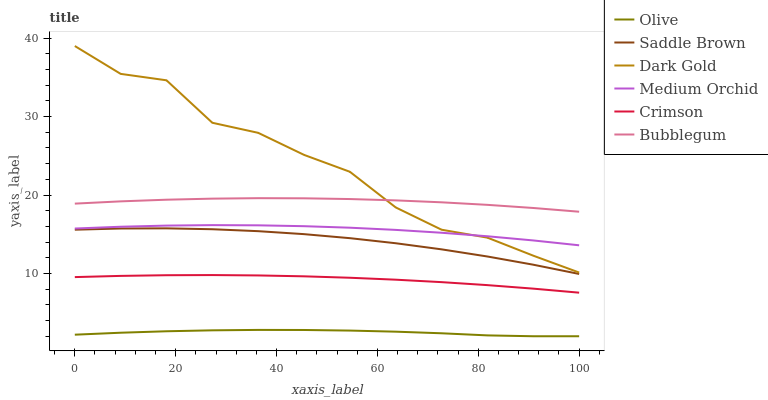
| xaxis_label | Olive | Saddle Brown | Dark Gold | Medium Orchid | Crimson | Bubblegum |
 | --- | --- | --- | --- | --- | --- | --- |
 | 0 | 2.2 | 15.6 | 39 | 15.7 | 9.54 | 18.9 |
 | 9.09 | 2.45 | 15.7 | 35.4 | 16 | 9.69 | 19.2 |
 | 18.2 | 2.63 | 15.8 | 34.6 | 16.1 | 9.78 | 19.4 |
 | 27.3 | 2.75 | 15.6 | 29.2 | 16.2 | 9.8 | 19.5 |
 | 36.4 | 2.81 | 15.4 | 27.9 | 16.1 | 9.75 | 19.6 |
 | 45.5 | 2.8 | 15 | 25.1 | 16 | 9.64 | 19.6 |
 | 54.5 | 2.72 | 14.5 | 23 | 15.8 | 9.46 | 19.5 |
 | 63.6 | 2.58 | 13.9 | 18.4 | 15.6 | 9.21 | 19.3 |
 | 72.7 | 2.38 | 13.1 | 15.6 | 15.2 | 8.9 | 19.1 |
 | 81.8 | 2.11 | 12.2 | 14.6 | 14.7 | 8.52 | 18.8 |
 | 90.9 | 2 | 11.1 | 12.3 | 14.2 | 8.07 | 18.4 |
 | 100 | 2 | 9.94 | 10.1 | 13.6 | 7.56 | 17.9 |